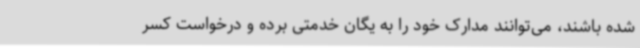
شده باشند، می‌توانند مدارک خود را به یگان خدمتی برده و درخواست کسر